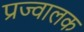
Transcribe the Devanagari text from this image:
प्रज्वालक